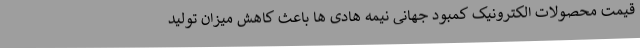
قیمت محصولات الکترونیک کمبود جهانی نیمه هادی ها باعث کاهش میزان تولید